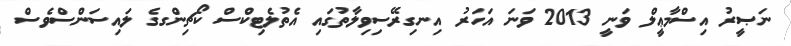
ނަޞީރު އިސްމާޢީލް ވަނީ 2013 ވަނަ އަހަރު އިނގިރޭސިވިލާތުގައި އެތުލެޓިކްސް ކޯޗިންގގެ ލައިސަންސްވެސް